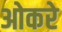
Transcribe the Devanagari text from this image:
ओकरे